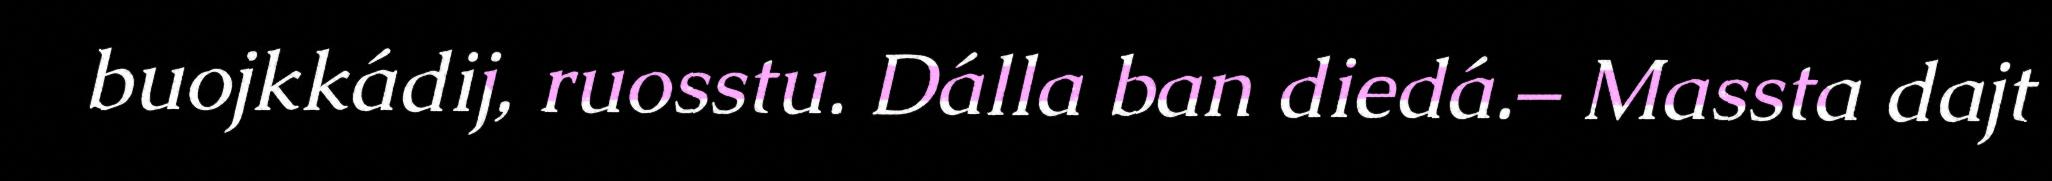
buojkkádij, ruosstu. Dálla ban diedá.– Massta dajt